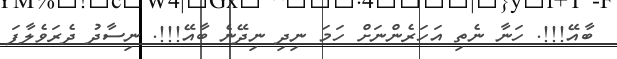
ބާއޭ!!!. ހަނާ ނެތި އަހަރެންނަށް ހަމަ ނިދި ނިދޭނެ ބާއޭ!!!. ނިސާދު ދެރަވެލާފަ